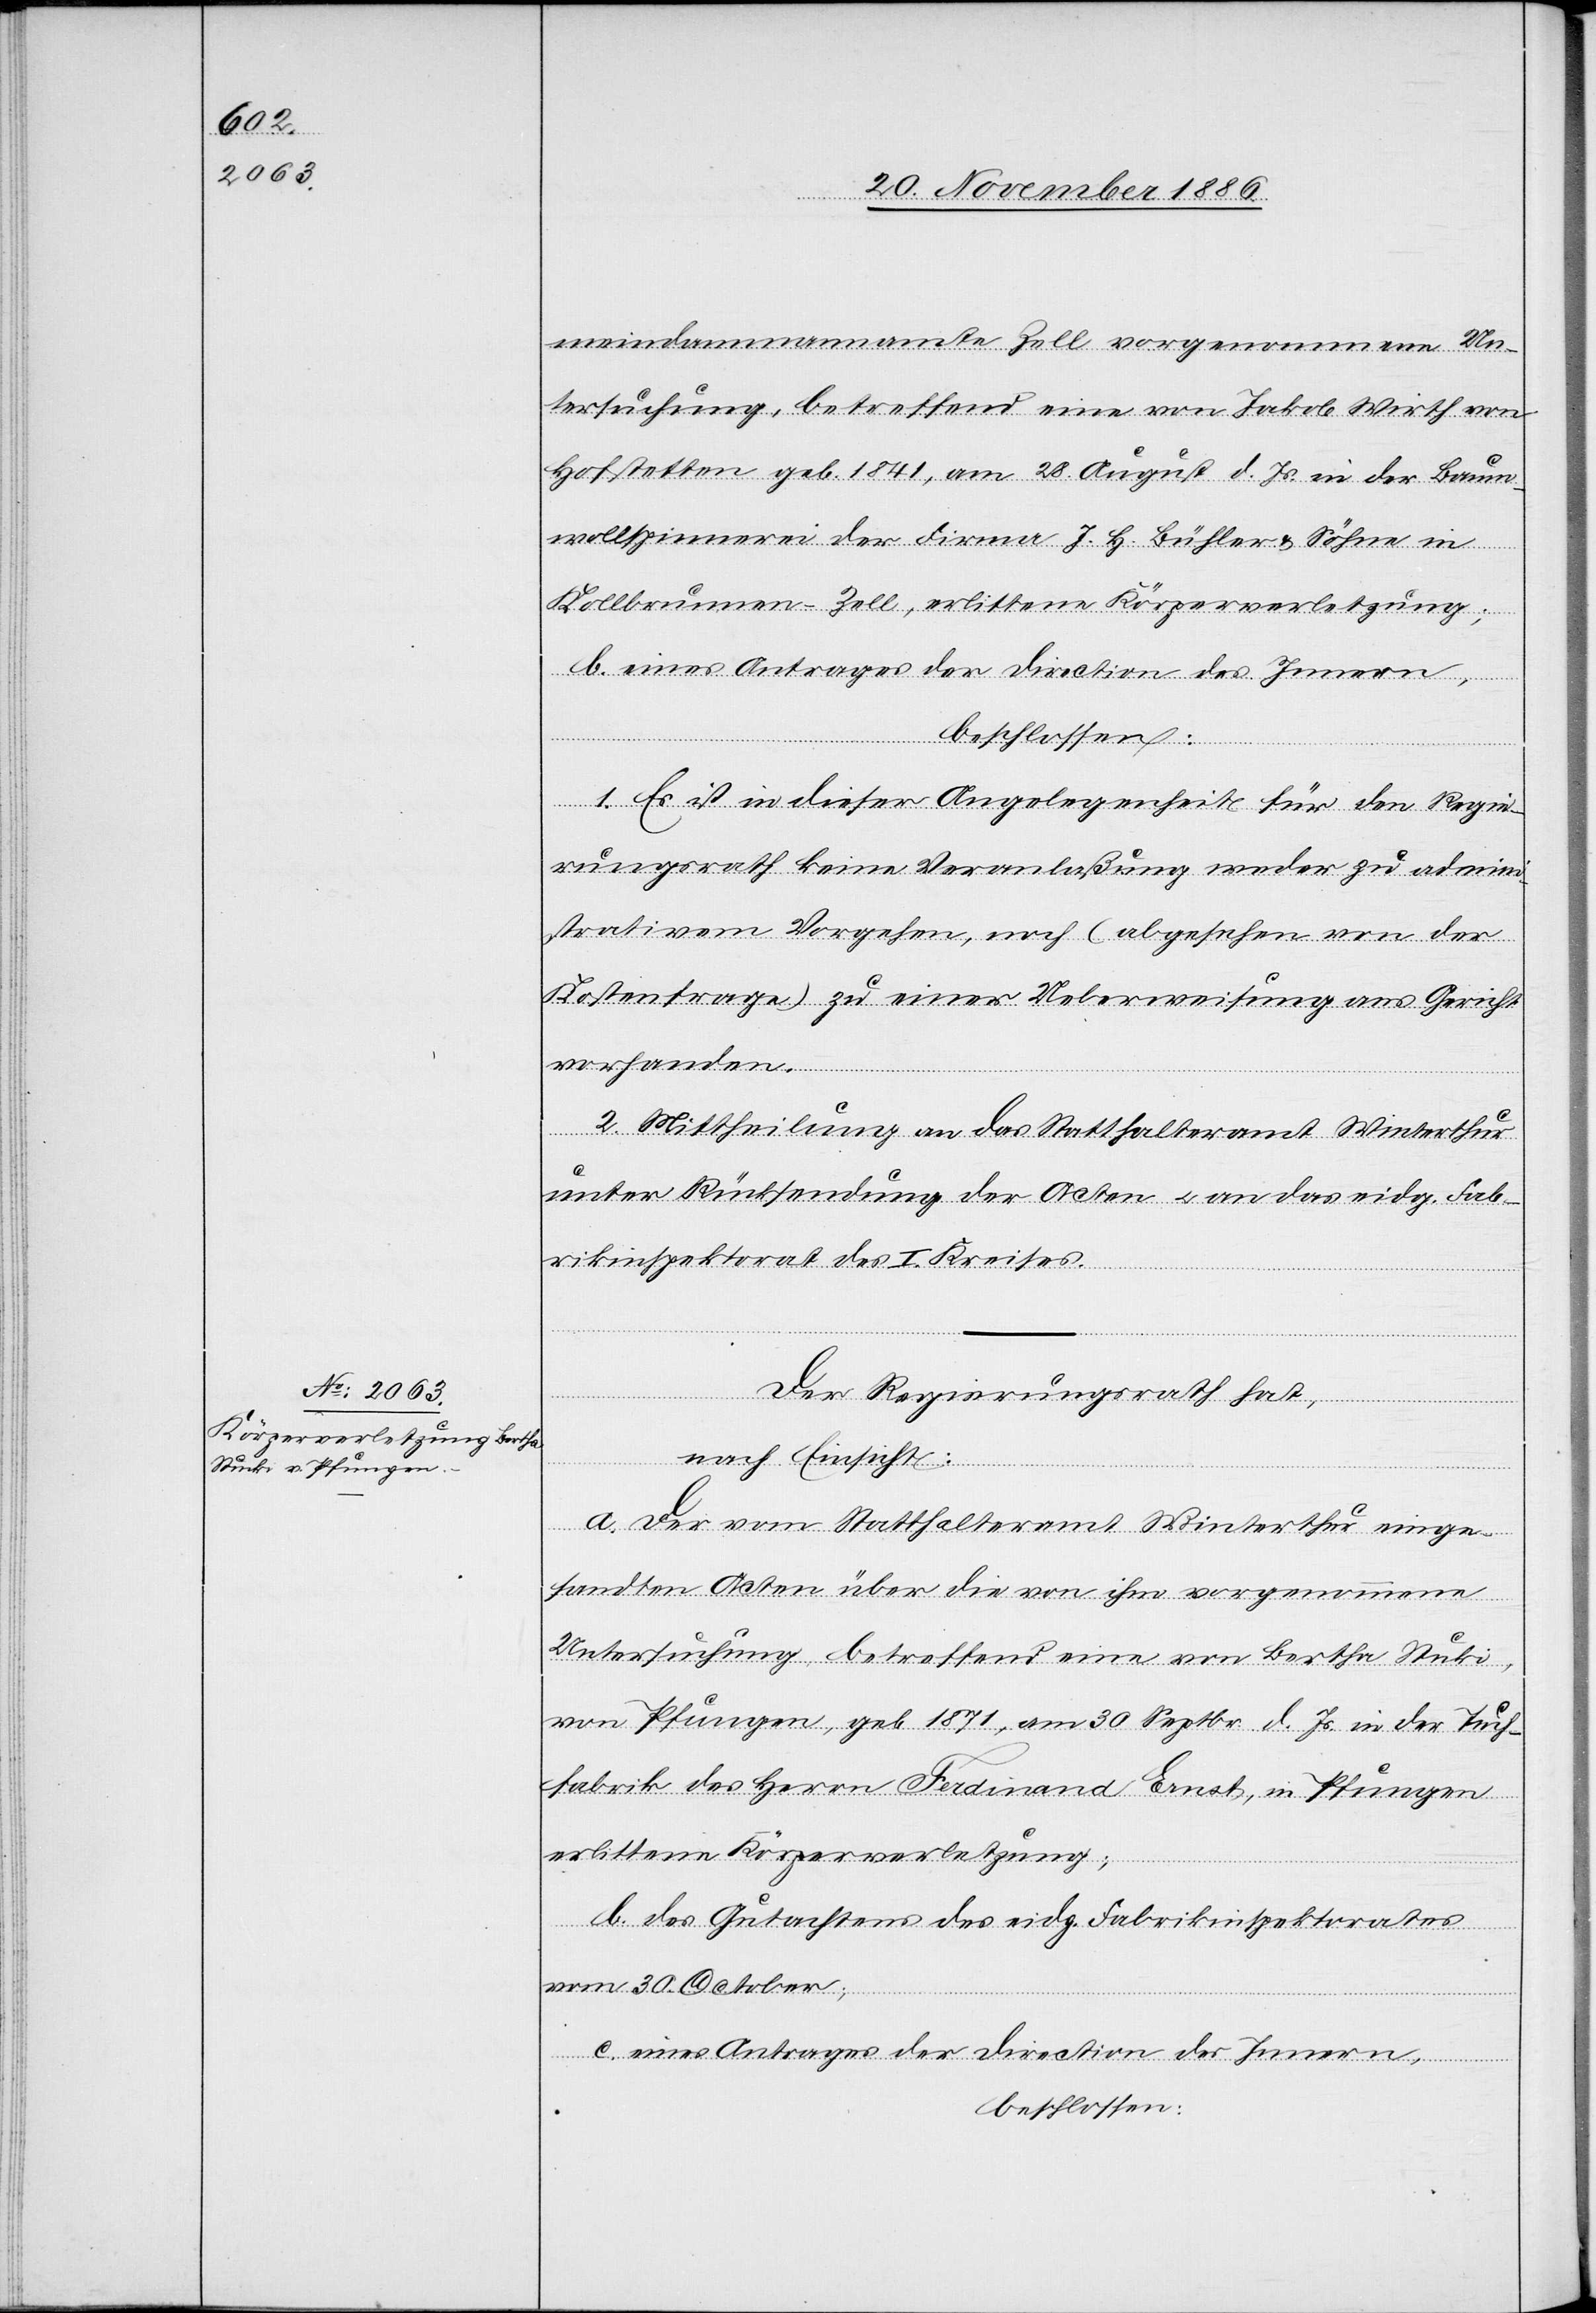
meindammannamte Zell vorgenommene Un¬
tersuchung, betreffend eine von Jakob Wirth von
Hofstetten geb. 1841, am 28. August d. Js. in der Baum¬
wollspinnerei der Firma J. H. Bühler & Söhne in
Kollbrunnen - Zell, erlittene Körperverletzung;
b. eines Antrages der Direction des Innern,
beschlossen:
1. Es ist in dieser Angelegenheit für den Regie¬
rungsrath keine Veranlaßung weder zu admin¬
istrativem Vorgehen, noch (abgesehen von der
Kostenfrage) zu einer Ueberweisung ans Gericht
vorhanden.
2. Mittheilung an das Statthalteramt Winterthur
unter Rücksendung der Acten & an das eidg. Fab¬
rikinspektorat des I. Kreises.
Der Regierungsrath hat,
nach Einsicht:
a. Der vom Statthalteramt Winterthur einge¬
sandten Acten über die von ihm vorgenommene
Untersuchung, betreffend eine von Bertha Stuki
von Pfungen, geb. 1871, am 30. Septbr. d. Js. in der Tuch¬
fabrik des Herrn Ferdinand Ernst, in Pfungen
erlittene Körperverletzung;
b. des Gutachtens des eidg. Fabrikinspektorates
vom 30. October;
c. eines Antrages der Direction des Innern,
beschlossen: